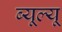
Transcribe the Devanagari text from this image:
ब्यूल्यू